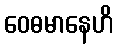
ဝေဓမာနေဟိ